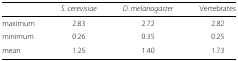
<table><thead><tr><td></td><td><b><i>S. cerevisiae</i></b></td><td><b><i>D. melanogaster</i></b></td><td><b>Vertebrates</b></td></tr></thead><tbody><tr><td>maximum</td><td>2.83</td><td>2.72</td><td>2.82</td></tr><tr><td>minimum</td><td>0.26</td><td>0.35</td><td>0.25</td></tr><tr><td>mean</td><td>1.25</td><td>1.40</td><td>1.73</td></tr></tbody></table>